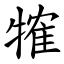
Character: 㹊